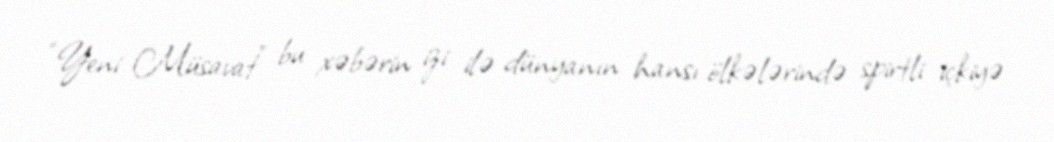
“Yeni Müsavat” bu xəbərin izi ilə dünyanın hansı ölkələrində spirtli içkiyə